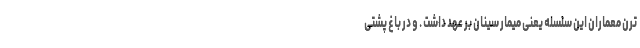
ترن معماران این سلسله یعنی میمار سینان بر عهد داشت . و در باغ پشتی